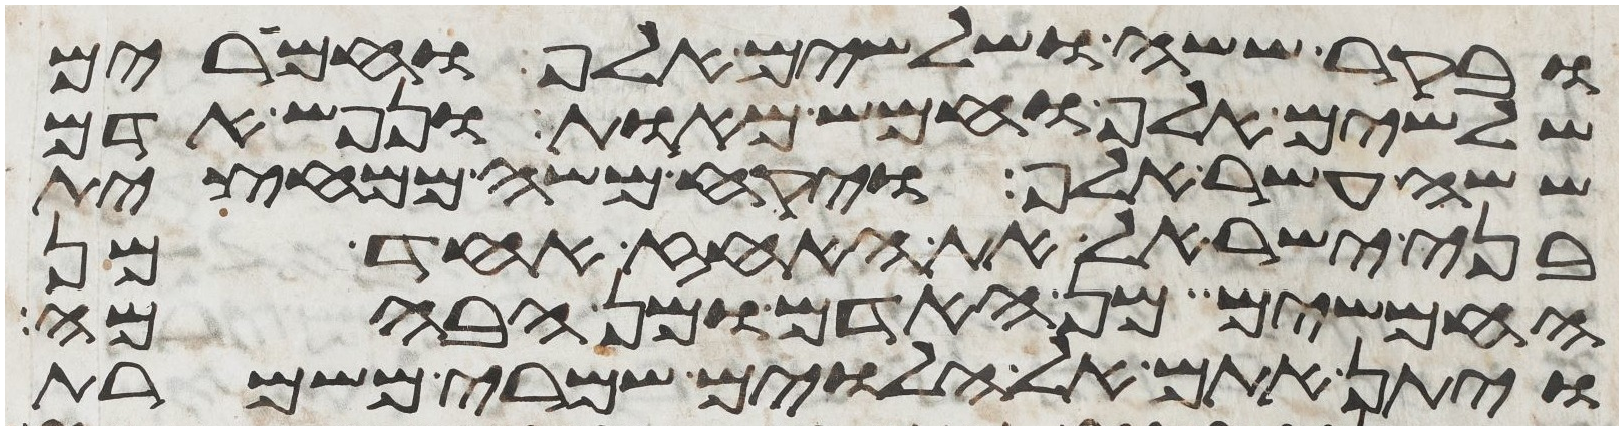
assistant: ובקר ששה ושלשים אלף וחמרים
שלשים אלף וחמש מאות ונפש אדם
ששה עשר אלף ויקח משה ממחצית
בני ישראל את האחז אחד מן
החמשים מן האדם ומן הבהמה
ויתן אתם אל הלוים שמרי משמרת